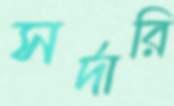
সর্দারি